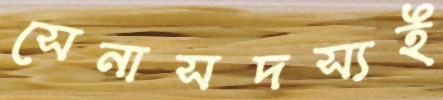
সেনাসদস্যই